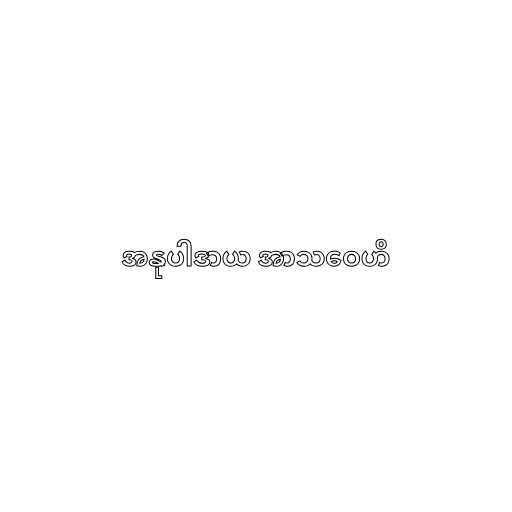
အနုပါဒာယ အာသဝေဟိ